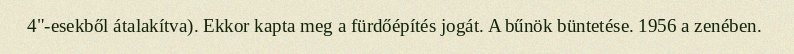
4"-esekből átalakítva). Ekkor kapta meg a fürdőépítés jogát. A bűnök büntetése. 1956 a zenében.